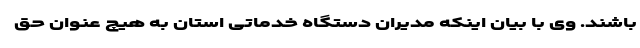
باشند. وی با بیان اینکه مدیران دستگاه خدماتی استان به هیچ عنوان حق